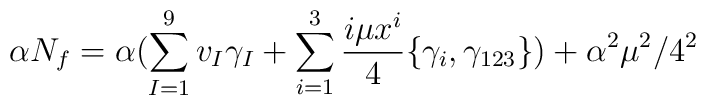
\alpha N_f=\alpha (\sum_{I=1}^9 v_I \gamma_I + \sum_{i=1}^3\frac{i\mu x^i}{4} \{\gamma_i, \gamma_{123}\})+\alpha^2 \mu^2/4^2